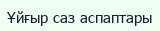
Ұйғыр саз аспаптары